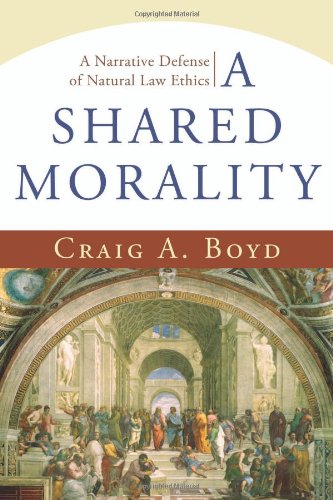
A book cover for Shared Morality, A: A Narrative Defense of Natural Law Ethics; Craig A. Boyd; Law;